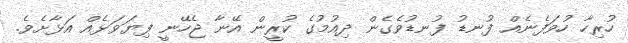
ހުރިހާ ހުވަފެނެއް ފުނޑު ފުނޑުވެގެން ދިއުމުގެ ކުރީން އޭނާ ޖެހޭނީ ފިޔަވަޅެއް އަޅާށެވެ.